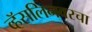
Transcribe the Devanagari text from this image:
व्हॅसलिनवरचा